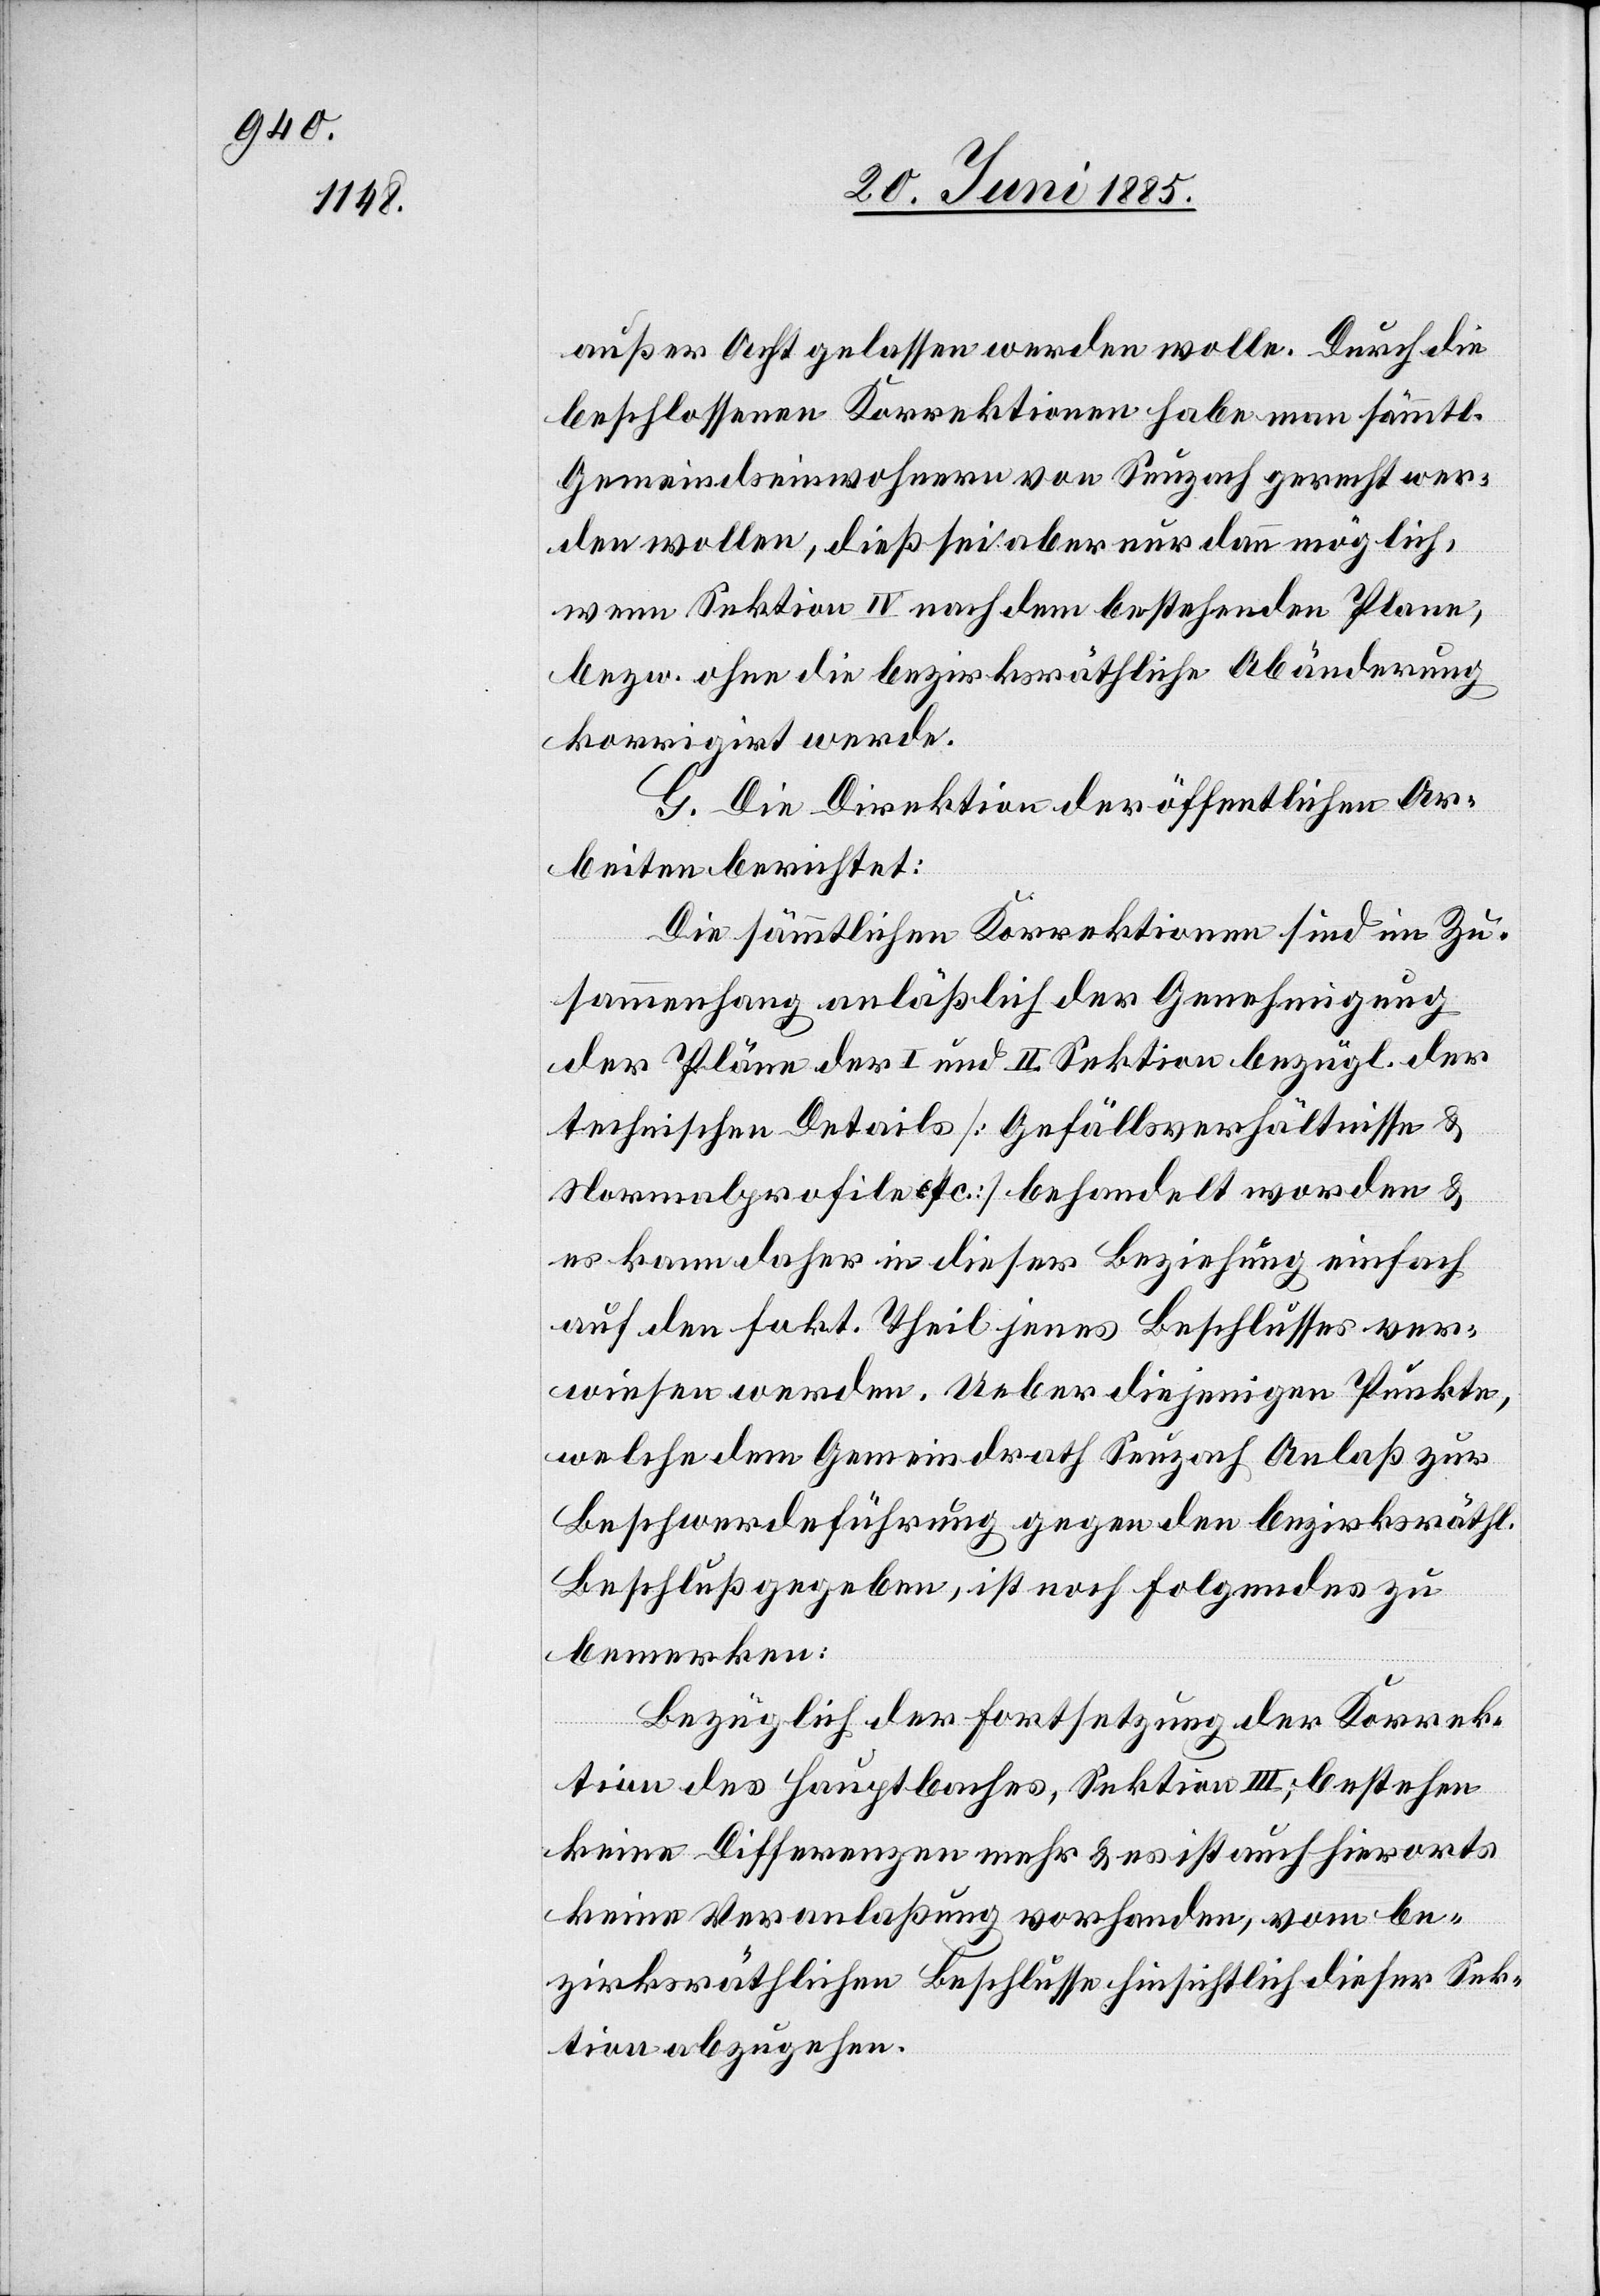
außer Acht gelassen werden wolle. Durch die
beschlossenen Korrektionen habe man sämtl.
Gemeindseinnahmen von Seuzach gerecht wer¬
den wollen, dieß sei aber nur dann möglich,
wenn Sektion IV nach dem bestehenden Plane,
bezw. ohne die bezirksräthliche Abänderung
korrigirt werde.
G. Die Direktion der öffentlichen Ar¬
beiten berichtet:
Die sämmtlichen Korrektionen sind im Zu¬
sammenhang anläßlich der Genehmigung
der Pläne der I. und II. Sektion bezügl. der
technischen Details [Gefällsverhältnisse &
Normalprofile etc.] behandelt worden &
es kann daher in dieser Beziehung einfach
auf den fakt. Theil jenes Beschlusses ver¬
wiesen werden. Ueber diejenigen Punkte,
welche dem Gemeindrath Seuzach Anlaß zur
Beschwerdeführung gegen den bezirksräthl.
Beschluß gegeben, ist noch folgendes zu
bemerken:
Bezüglich der Fortsetzung der Korrek¬
tion des Hauptbaches, Sektion III; bestehen
keine Differenzen mehr & es ist auch hierorts
keine Veranlaßung vorhanden, vom be¬
zirksräthlichen Beschlusse hinsichtlich dieser Sek¬
tion abzugehen.